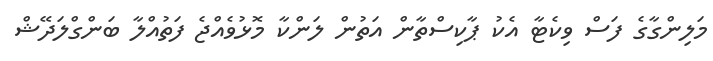
މަލިންގާގެ ފަސް ވިކެޓާ އެކު ޕާކިސްތާން އަތުން ލަންކާ މޮޅުވެއްޖެ ފަތުއްލާ ބަންގްލަދޭޝް